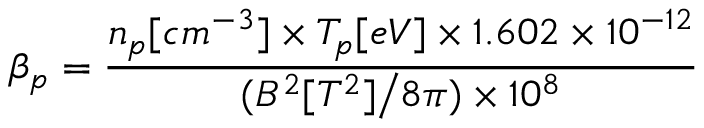
\beta _ { p } = \frac { n _ { p } [ c m ^ { - 3 } ] \times T _ { p } [ e V ] \times 1 . 6 0 2 \times 1 0 ^ { - 1 2 } } { ( B ^ { 2 } [ T ^ { 2 } ] \big / 8 \pi ) \times 1 0 ^ { 8 } }